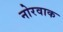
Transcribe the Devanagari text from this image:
नोरवाक